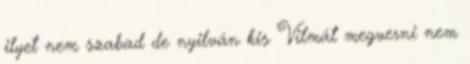
ilyet nem szabad de nyilván kis Vilmát megverni nem